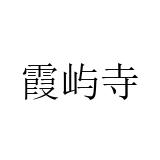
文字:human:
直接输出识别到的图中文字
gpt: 霞屿寺